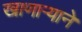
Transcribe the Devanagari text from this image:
खाणाऱ्याने